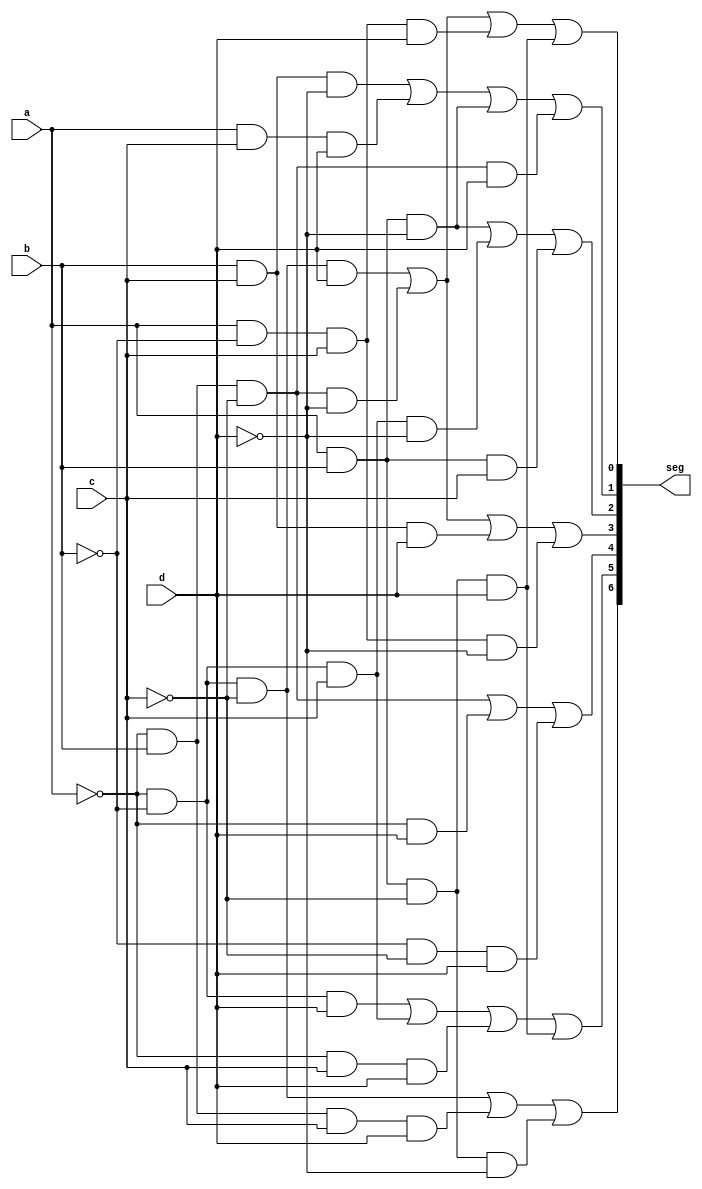
module hex(a, b, c, d, seg);	
	input a,b,c,d;
    output [6:0] seg;
	
	assign seg[0] = (~a & ~b & ~c & d) | (~a & b & ~c & ~d) | (a & ~b & c & d) | (a & b & ~c & d);
	assign seg[1] = (b & c & ~d) | (a & c & d) | (a & b & ~d) | (~a & b & ~c & d);
	assign seg[2] = (a & b & ~d) | (~a & ~b & c & ~d) | (a & b & c);
	assign seg[3] = (~a & ~b & ~c & d) | (~a & b & ~c & ~d) | (b & c & d) | (a & ~b & c & ~d);
	assign seg[4] = (~a & b & ~c) | (~a & d) | (~b & ~c & d);
	assign seg[5] = (~a & ~b & d) | (~a & ~b & c) | (~a & c & d) | (a & b & ~c & d);
	assign seg[6] = (~a & ~b & ~c) | (~a & b & c & d) | (a & b & ~c & ~d);
endmodule